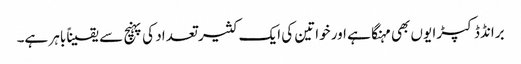
برانڈڈ کپڑا یوں بھی مہنگا ہے اور خواتین کی ایک کثیر تعداد کی پہنچ سے یقیناً باہر ہے۔